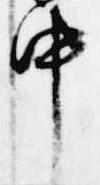
中